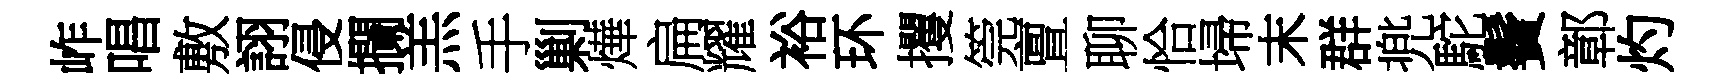
岞唱敷詡侵攔羔手剿燁扁耀裕环攫筦亶聊恰埽末群兠駝鬢鄣灼